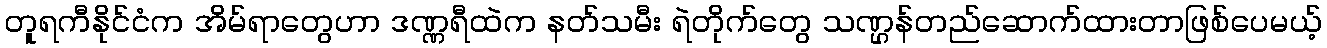
တူရကီနိုင်ငံက အိမ်ရာတွေဟာ ဒဏ္ဏရီထဲက နတ်သမီး ရဲတိုက်တွေ သဏ္ဌန်တည်ဆောက်ထားတာဖြစ်ပေမယ့်